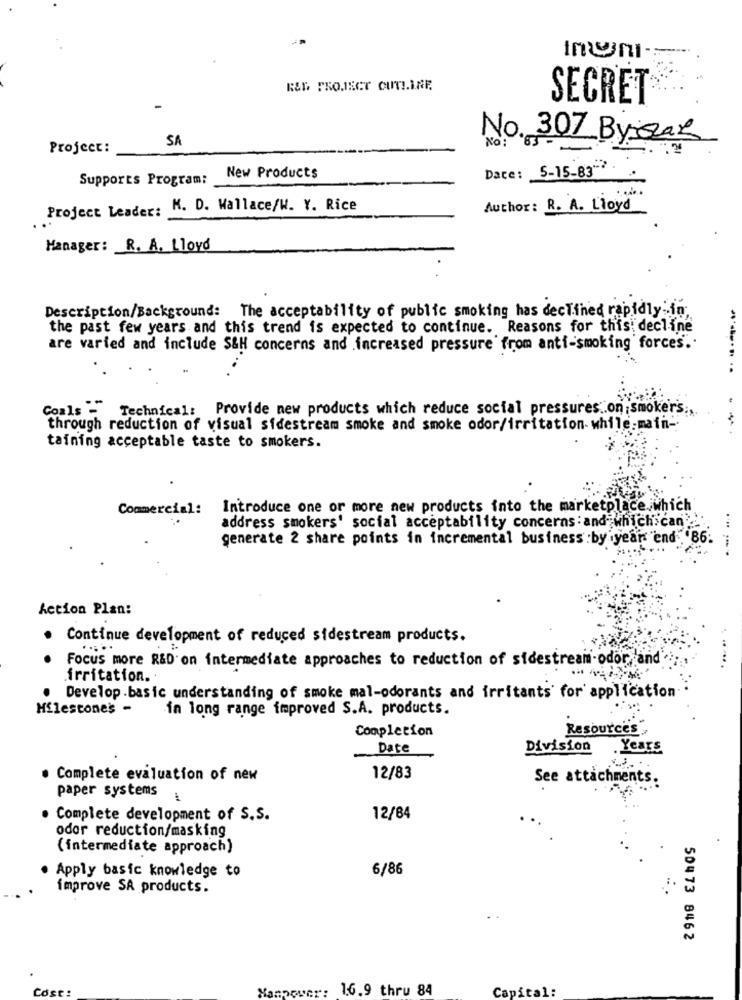
Imani-
R&F PROJECT OUTLINE
SECRET
SA
No. 307 Bysak
Project:
No: 83 -
Date: 5-15-83"" .
Supports Program:
New Products
Project Leader: K. D. Wallace/W. Y. Rice
Author: R. A. Lloyd
Manager: R. A. Lloyd
Description/Background: The acceptability of public smoking has declined rapidly -in;
the past few years and this trend is expected to continue. Reasons for this; decline
are varied and include S&H concerns and increased pressure from anti-smoking forces ..
Coals - Technical: Provide new products which reduce social pressures .. on smokers .,
through reduction of visual sidestream smoke and smoke odor/irritation while.main-
taining acceptable taste to smokers.
Commercial:
Introduce one or more new products into the marketplace. which
address smokers' social acceptability concerns :and which can ..
generate 2 share points in incremental business:by year "end 86.
Action Plan:
. Continue development of reduced sidestream products.
Focus more R&D on intermediate approaches to reduction of sidestream-odor, and
......
irritation. .
Develop. basic understanding of smoke mal-odorants and irritants' for application
Milestone's -
in long range improved S.A. products.
Completion
Resource's
Date
Division
. Years
· Complete evaluation of new
12/83
See attachments.
paper systems
· Complete development of S.S.
12/84
odor reduction/masking
(intermediate approach)
6/86
. Apply basic knowledge to
improve SA products.
50473 8462
Cost
Manpower: 16.9 thru 84
Capital: